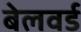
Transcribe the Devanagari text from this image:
बेलवर्ड